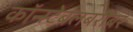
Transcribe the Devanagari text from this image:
कॉन्स्टेबलबरोबर